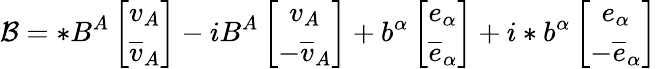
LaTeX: \mathcal{B}=*B^{A}\left[\begin{array}{c}{{v_{A}}}\\ {{\overline{{{v}}}_{A}}}\end{array}\right]-iB^{A}\left[\begin{array}{c}{{v_{A}}}\\ {{-\overline{{{v}}}_{A}}}\end{array}\right]+b^{\alpha}\left[\begin{array}{c}{{e_{\alpha}}}\\ {{\overline{{{e}}}_{\alpha}}}\end{array}\right]+i*b^{\alpha}\left[\begin{array}{c}{{e_{\alpha}}}\\ {{-\overline{{{e}}}_{\alpha}}}\end{array}\right]